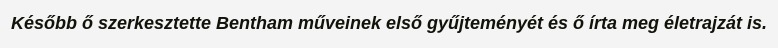
Később ő szerkesztette Bentham műveinek első gyűjteményét és ő írta meg életrajzát is.